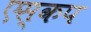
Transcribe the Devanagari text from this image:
एस्कप